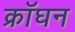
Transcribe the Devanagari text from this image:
क्रॉघन